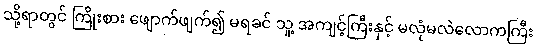
သို့ရာတွင် ကြိုးစား ဖျောက်ဖျက်၍ မရခင် သူ့ အကျင့်ကြီးနှင့် မလုံမလဲလောကကြီး